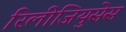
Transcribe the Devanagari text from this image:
रिलीजियुसेस